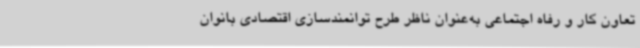
تعاون کار و رفاه اجتماعی به‌عنوان ناظر طرح توانمندسازی اقتصادی بانوان